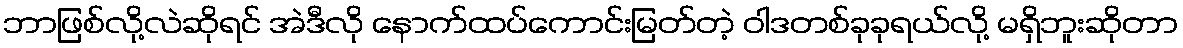
ဘာဖြစ်လို့လဲဆိုရင် အဲဒီလို နောက်ထပ်ကောင်းမြတ်တဲ့ ဝါဒတစ်ခုခုရယ်လို့ မရှိဘူးဆိုတာ